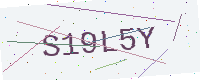
Text: S19L5Y